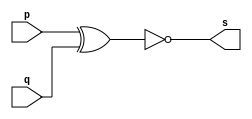
// ----------------------------------------
// Exercicio03 - XNOR
// Nome: Joo Henrique Mendes de Oliveira
//-----------------------------------------

//-----------------------------------------
//--xnor gate
//-----------------------------------------
module xnorgate(output s, input p, input q);

 assign s = (~(p ^ q)); 
endmodule // xnorgate

//-----------------------------------------
//--test xnor gate
//-----------------------------------------
module testxnorgate;
//-----------------------------dados locais
 reg a, b;	//definir registrador
 wire s;	//definir conexo (fio)
//--------------------------------instancia
 xnorgate XNOR1(s, a, b);
//-------------------------------preparacao
 initial begin: star
  a = 0; b = 0;
 end
//--------------------------parte principal
 initial begin
	 $display("Exerccio 03 - Joo Henrique M. de Oliveira - 392734");
	 $display("Test XNOR gate");
	 $display("\n ~(a ^ b) = s\n");
	 a = 0; b = 0;
	#1 $display("%b & %b = %b", a, b, s); 
	 a = 0; b = 1; 
	#1 $display("%b & %b = %b", a, b, s); 
	 a = 1; b = 0; 
	#1 $display("%b & %b = %b", a, b, s); 
	 a = 1; b = 1; 
	#1 $display("%b & %b = %b", a, b, s); 
 end 
	 
 endmodule // testxnorgate